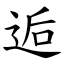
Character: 逅